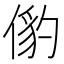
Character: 𬿅